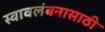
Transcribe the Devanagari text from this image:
स्वावलंबनासाठी